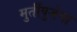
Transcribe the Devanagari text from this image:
मुर्तीपुजेचा